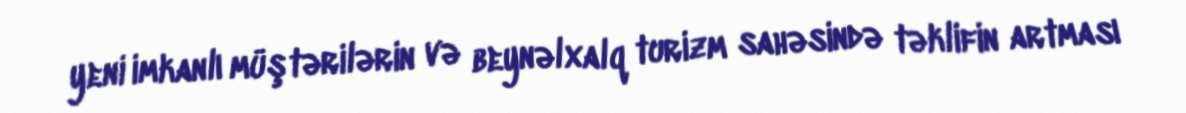
yeni imkanlı müştərilərin və beynəlxalq turizm sahəsində təklifin artması